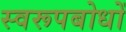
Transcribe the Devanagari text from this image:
स्वरूपबोधों